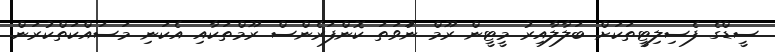
ސީޑްގެ ފެސިލިޓީތަކަށް ބަލާލާއިރު މީޓީން ރޫމް ނުަވަތަ ކޮންފަރެންސް ރޫމްތަކާއި އެކަނި މަސައްކަތްކުރަން